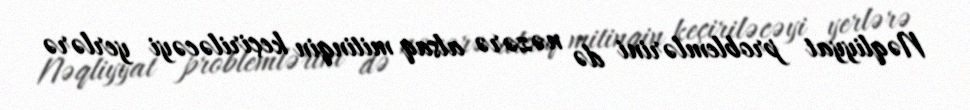
Nəqliyyat problemlərini də nəzərə alsaq mitinqin keçiriləcəyi yerlərə